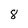
Character: 8